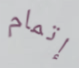
إتمام